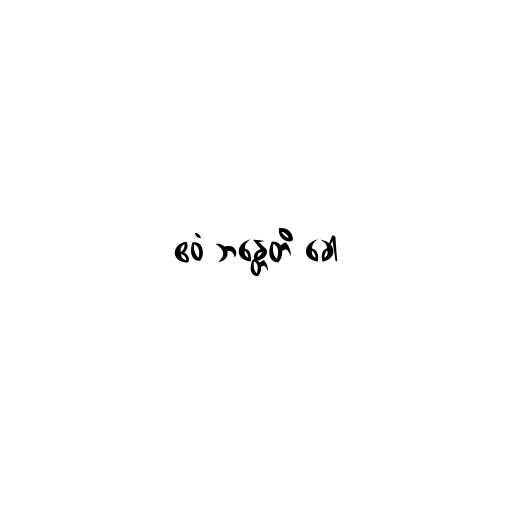
ဧဝံ ဘန္တေတိ ခေါ